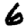
Digit: 6